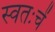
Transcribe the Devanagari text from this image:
स्वतःचें